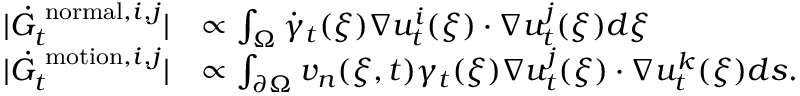
\begin{array} { r l } { | \dot { G } _ { t } ^ { \mathrm { \scriptsize ~ n o r m a l } , i , j } | } & { \propto \int _ { \Omega } \dot { \gamma } _ { t } ( \boldsymbol \xi ) \nabla u _ { t } ^ { i } ( \boldsymbol \xi ) \cdot \nabla u _ { t } ^ { j } ( \boldsymbol \xi ) d \boldsymbol \xi } \\ { | \dot { G } _ { t } ^ { \mathrm { \scriptsize ~ m o t i o n } , i , j } | } & { \propto \int _ { \partial \Omega } v _ { n } ( \boldsymbol \xi , t ) \gamma _ { t } ( \boldsymbol \xi ) \nabla u _ { t } ^ { j } ( \boldsymbol \xi ) \cdot \nabla u _ { t } ^ { k } ( \boldsymbol \xi ) d \boldsymbol s . } \end{array}